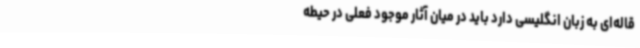
قاله‌ای به زبان انگلیسی دارد باید در میان آثار موجود فعلی در حیطه